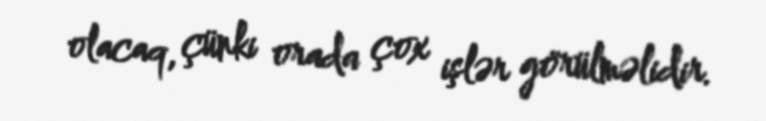
olacaq, çünki orada çox işlər görülməlidir.